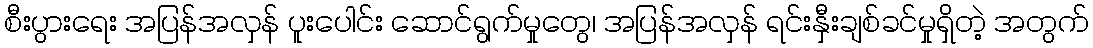
စီးပွားရေး အပြန်အလှန် ပူးပေါင်း ဆောင်ရွက်မှုတွေ၊ အပြန်အလှန် ရင်းနှီးချစ်ခင်မှုရှိတဲ့ အတွက်